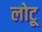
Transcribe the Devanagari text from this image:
लोटू